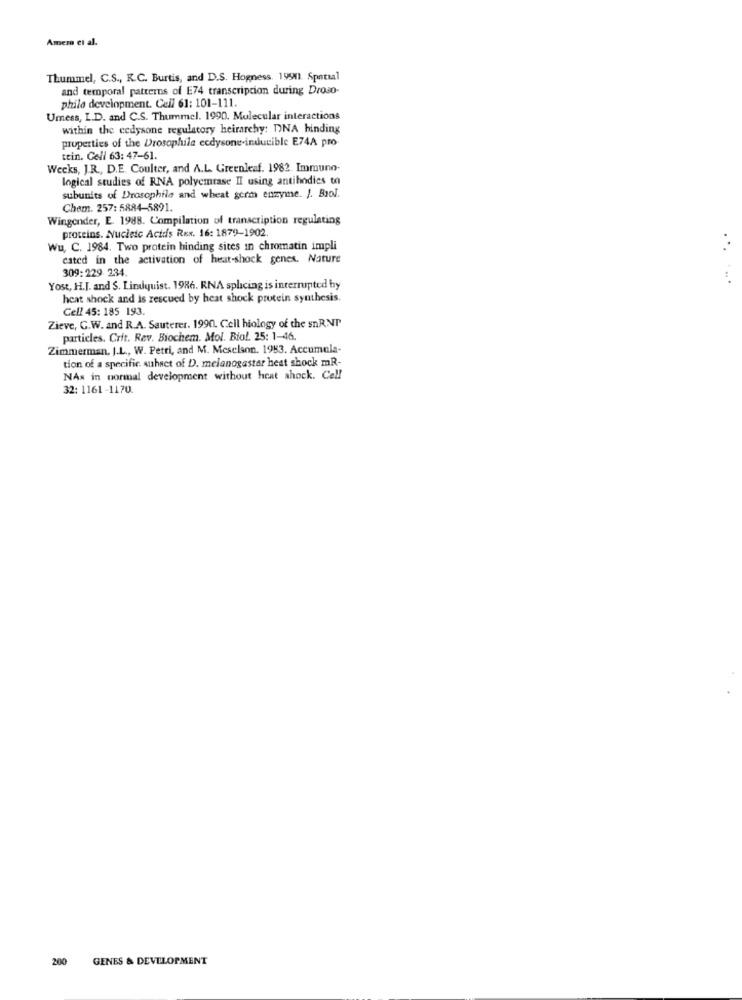
Amero et al.
Thummel, C.S ., R.C. Burtis, and D.S. Hogness. 19911 Spatial
and temporal patterns of E74 transcription during Droso-
philo development. Cell 61: 101-111.
Umess, I.D. and C.S. Thummel. 1990. Mulecular interactions
within the cedysone regulatory heirarchy: DNA binding
properties of the Drosophila ecdysone-inducible E74A pro-
tein. Cell 63: 47-61.
Wecks, J.R ., D.E. Coulter, and A.L. Greenleaf. 1982. Immuno-
logical studies of RNA polyemrase II using antibodies to
subunits of Drosophile and wheat germ enzyme. J. Biol.
Chem. 257: 5884-5891.
Wingender, E. 1988. Compilation of transcription regulating
proteins. Nucleic Acids Rex. 16: 1879-1902.
Wu, C. 1984. Two protein binding sites in chromatin impli
cated in the activation of heat-shock genes. Nature
309:229 234.
Yost, H.J. and S. Lindquist. 1986. RNA splicing is interrupted by
heat shock and is rescued by heat shock protein synthesis.
Cell 45: 185 193.
Zieve, G.W. and R.A. Sauterer. 1990. Cell biology of the snRNT
particles. Crit. Rev. Biochem. Mol. Biol. 25: 1-46.
Zimmerman, J.L ., W. Petri, and M. Meselson. 1983. Accumula-
tion of a specific subset of D. melanogastar heat shock mR-
NAs in normal development without heat shock. Cell
32: 1161 -1170.
200
GENES & DEVELOPMENT